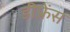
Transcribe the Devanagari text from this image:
डीफ्रेंस